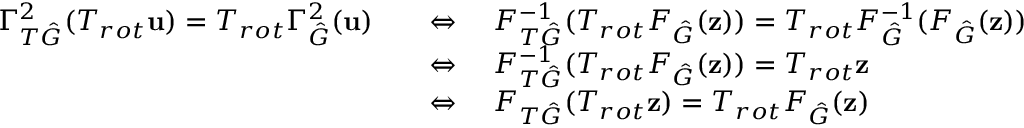
\begin{array} { r l } { \Gamma _ { T \hat { G } } ^ { 2 } ( T _ { r o t } \mathbf { u } ) = T _ { r o t } \Gamma _ { \hat { G } } ^ { 2 } ( \mathbf { u } ) } & { \quad \Leftrightarrow \quad F _ { T \hat { G } } ^ { - 1 } ( T _ { r o t } F _ { \hat { G } } ( \mathbf { z } ) ) = T _ { r o t } F _ { \hat { G } } ^ { - 1 } ( F _ { \hat { G } } ( \mathbf { z } ) ) } \\ & { \quad \Leftrightarrow \quad F _ { T \hat { G } } ^ { - 1 } ( T _ { r o t } F _ { \hat { G } } ( \mathbf { z } ) ) = T _ { r o t } \mathbf { z } } \\ & { \quad \Leftrightarrow \quad F _ { T \hat { G } } ( T _ { r o t } \mathbf { z } ) = T _ { r o t } F _ { \hat { G } } ( \mathbf { z } ) } \end{array}